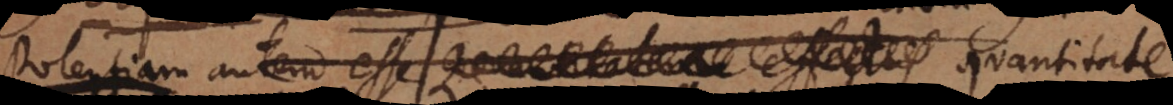
Potentiam autem esse quantitatem